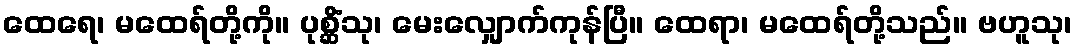
ထေရေ၊ မထေရ်တို့ကို။ ပုစ္ဆိံသု၊ မေးလျှောက်ကုန်ပြီ။ ထေရာ၊ မထေရ်တို့သည်။ ဗဟူသု၊